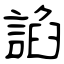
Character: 諂